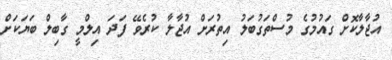
އުޖާލާކޮށް ގައުމުގެ މުސްތަގުބަލު އިތުރަށް އުޖާލާ ކުރެވޭ ފަދަ އިލްމީ ގާބިލް ބަޔަކަށް